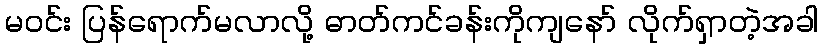
မဝင်း ပြန်ရောက်မလာလို့ ဓာတ်ကင်ခန်းကိုကျနော် လိုက်ရှာတဲ့အခါ